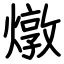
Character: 燉